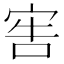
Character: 𡨟